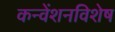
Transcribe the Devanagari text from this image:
कन्वेंशनविशेष